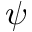
\psi